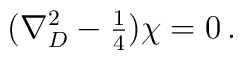
(\nabla_{D}^{2} -{\textstyle\frac{1}{4}})\chi = 0\, .